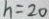
h = 2 0